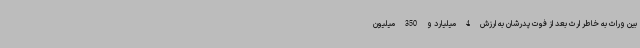
بین وراث به خاطر ارث بعد از فوت پدرشان به ارزش 4 میلیارد و 350 میلیون